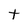
Character: t